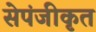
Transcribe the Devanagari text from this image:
सेपंजीकृत